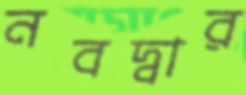
নবদ্বার